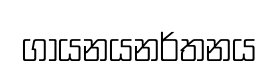
ගායනයනර්තනය